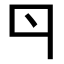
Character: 𠁾